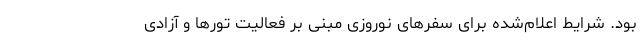
بود. شرایط اعلام‌شده برای سفرهای نوروزی مبنی بر فعالیت‌ تورها و آزادی